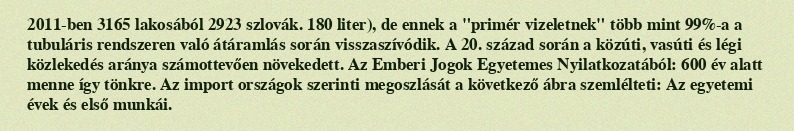
2011-ben 3165 lakosából 2923 szlovák. 180 liter), de ennek a "primér vizeletnek" több mint 99%-a a tubuláris rendszeren való átáramlás során visszaszívódik. A 20. század során a közúti, vasúti és légi közlekedés aránya számottevően növekedett. Az Emberi Jogok Egyetemes Nyilatkozatából: 600 év alatt menne így tönkre. Az import országok szerinti megoszlását a következő ábra szemlélteti: Az egyetemi évek és első munkái.